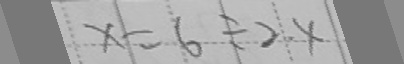
x = 6 \div 2 . 4